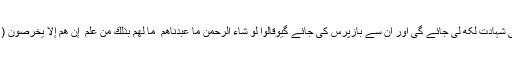
کیا یہ ان کی پیدائش کے وقت حاضر تھے عنقریب ان کی شہادت لکھ لی جائے گی اور ان سے بازپرس کی جائے گیوَقَالُوا لَوْ شَاءَ الرَّحْمَٰنُ مَا عَبَدْنَاهُم ۗ مَّا لَهُم بِذَٰلِكَ مِنْ عِلْمٍ ۖ إِنْ هُمْ إِلَّا يَخْرُصُونَ ( 20 ) اور کہتے ہیں اگر خدا چاہتا تو ہم ان کو نہ پوجتے۔